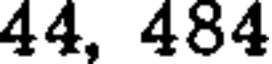
44, 484